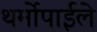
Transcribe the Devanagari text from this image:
थर्मोपाईले